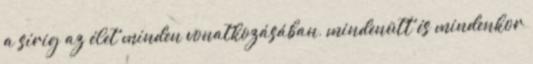
a sírig az élet minden vonatkozásában, mindenütt és mindenkor